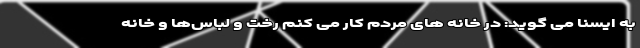
به ایسنا می گوید: در خانه های مردم کار می کنم رخت و لباس‌ها و خانه